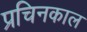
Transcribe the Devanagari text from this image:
प्रचिनकाल